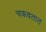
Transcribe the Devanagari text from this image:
चकवतात